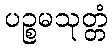
ပဉ္စမသုတ္တံ